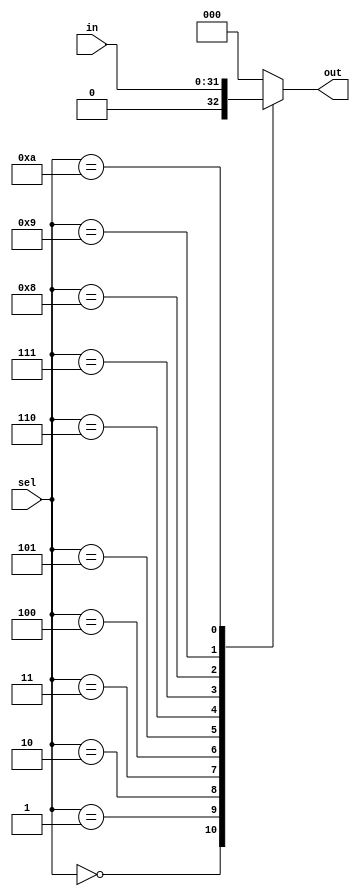
module MUX1(out , sel, in);

  output [2:0] out;
  input [3:0] sel;
  input [31:0] in;
  reg out;
  
  always @ (in or sel)
    begin
        case(sel)
          0 : out = {1'b0,in[31:30]};
          1 : out = in[29:27];
          2 : out = in[26:24];
          3 : out = in[23:21];
          4 : out = in[20:18];
          5 : out = in[17:15];
          6 : out = in[14:12];
          7 : out = in[11:9];
          8 : out = in[8:6];
          9 : out = in[5:3];
          10 : out = in[2:0];
          default : out = 0;
        endcase
    end
        
endmodule